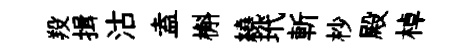
羖揖沽盍槲繞玳斬杪殿棹